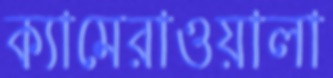
ক্যামেরাওয়ালা